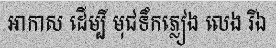
អាកាស ដើម្បី មុជទឹកភ្លៀង លេង រីឯ